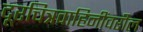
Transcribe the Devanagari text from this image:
दूरचित्रवाहिनींवरील